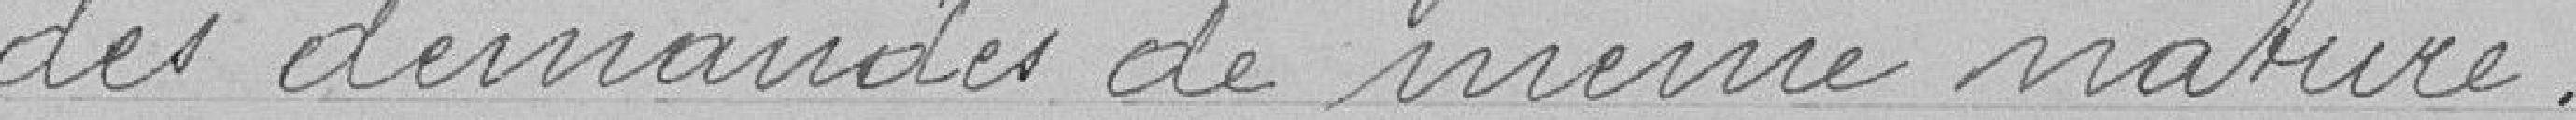
des demandes de même nature.